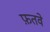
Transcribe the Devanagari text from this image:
फ़तवे